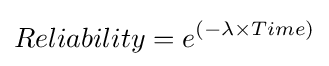
Reliability=e^{\left(-\lambda \times Time\right)}